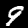
Digit: 9